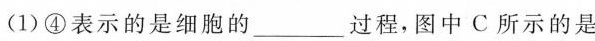
(1)④表示的是细胞的___过程，图中C所示的是